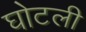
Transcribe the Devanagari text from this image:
घोटली